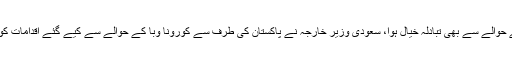
دونوں وزرائے خارجہ کے مابین کورونا وبا کے معاشی مضمرات کے حوالے سے بھی تبادلہ خیال ہوا، سعودی وزیر خارجہ نے پاکستان کی طرف سے کورونا وبا کے حوالے سے کیے گئے اقدامات کو سراہتے ہوئے پاکستانی عوام اور حکومت کے ساتھ اظہار یکجہتی کیا۔